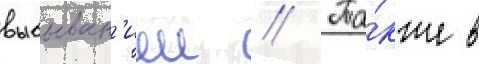
выбыван'ием // Та́кже в